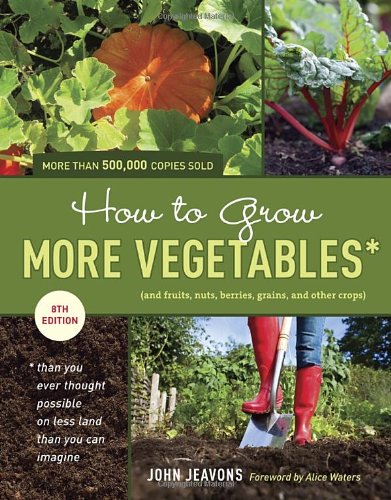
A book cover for How to Grow More Vegetables, Eighth Edition: (and Fruits, Nuts, Berries, Grains, and Other Crops) Than You Ever Thought Possible on Less Land Than You ... (And Fruits, Nuts, Berries, Grains,); John Jeavons; Crafts, Hobbies & Home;